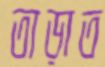
তাড়াত